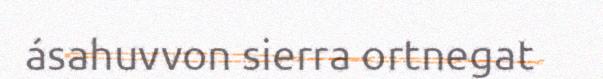
ásahuvvon sierra ortnegat